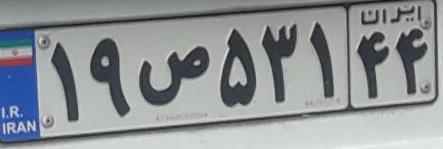
۱۹ص۵۳۱۴۴